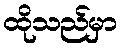
ထိုသည်မှာ